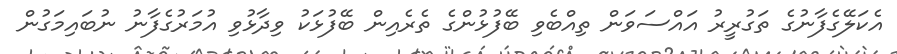
އެކަލޭގެފާނުގެ ތަގުރީރު އައްސަވަން ތިއްބެވި ބޭފުޅުންގެ ތެރެއިން ބޭފުޅަކު ވިދާޅުވި އުމަރުގެފާނު ނުބައިމަގުން